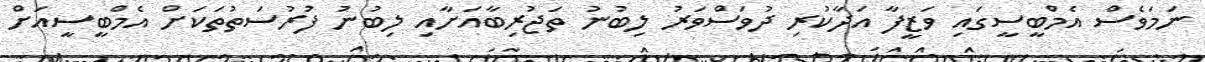
ނަމަވެސް އެމްބީސީގައި ވަޒީފާ އަދާކުރި ދުވަސްވަރު ލިބުނު ތަޖުރިބާއަށާއި ލިބުނު ފުރުސަތުތަކަށް އެމްބީސީއަށް